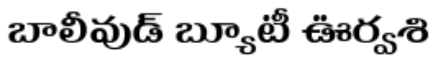
బాలీవుడ్ బ్యూటీ ఊర్వశి